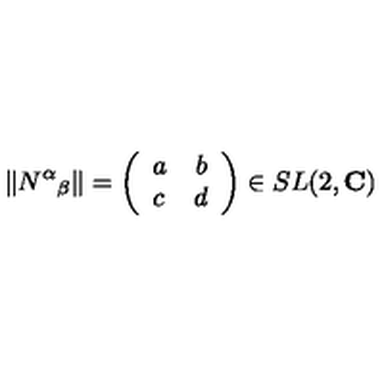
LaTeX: \Vert N ^ { \alpha } { } _ { \beta } \Vert = \left( \begin{array} { l r } { a } & { b } \\ { c } & { d } \\ \end{array} \right) \in S L ( 2 , { \bf C } )